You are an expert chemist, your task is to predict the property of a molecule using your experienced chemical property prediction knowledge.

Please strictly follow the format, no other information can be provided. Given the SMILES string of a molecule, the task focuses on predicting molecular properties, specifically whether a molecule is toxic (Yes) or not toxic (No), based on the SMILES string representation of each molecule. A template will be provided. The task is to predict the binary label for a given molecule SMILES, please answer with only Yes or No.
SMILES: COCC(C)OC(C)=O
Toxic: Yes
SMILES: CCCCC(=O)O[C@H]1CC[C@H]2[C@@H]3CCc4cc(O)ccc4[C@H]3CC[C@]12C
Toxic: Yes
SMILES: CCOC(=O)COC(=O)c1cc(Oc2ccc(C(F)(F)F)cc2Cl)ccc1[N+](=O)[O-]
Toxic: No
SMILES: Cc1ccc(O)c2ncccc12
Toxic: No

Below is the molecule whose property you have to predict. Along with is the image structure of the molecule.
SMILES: COC(CNC(=O)c1ccccc1OCC(=O)O)C[Hg]O
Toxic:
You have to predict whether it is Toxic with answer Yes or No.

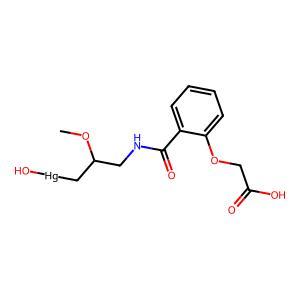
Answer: No